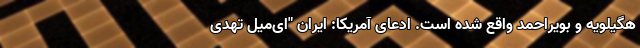
هگیلویه و بویراحمد واقع شده است. ادعای آمریکا: ایران "ای‌میل تهدی